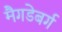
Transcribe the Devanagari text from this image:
मैगडेबर्ग